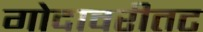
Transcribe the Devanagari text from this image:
गोदावरीतट